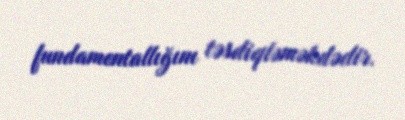
fundamentallığını təsdiqləməkdədir.